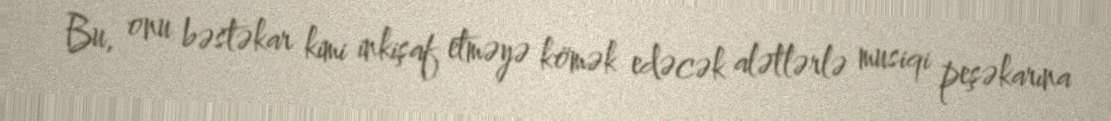
Bu, onu bəstəkar kimi inkişaf etməyə kömək edəcək alətlərlə musiqi peşəkarına